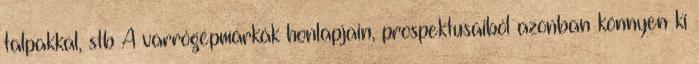
talpakkal, stb A varrógépmárkák honlapjain, prospektusaiból azonban könnyen ki